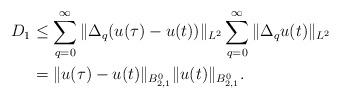
LaTeX: \begin{align*}D_1 & \le \sum_{q = 0}^\infty \| \Delta_q ( u(\tau) - u(t)) \|_{L^2} \sum_{q = 0}^\infty \| \Delta_q u(t)\|_{L^2}\\& = \| u(\tau) - u(t) \|_{B^{0}_{2,1} } \| u(t)\|_{B^{0}_{2,1} }.\end{align*}